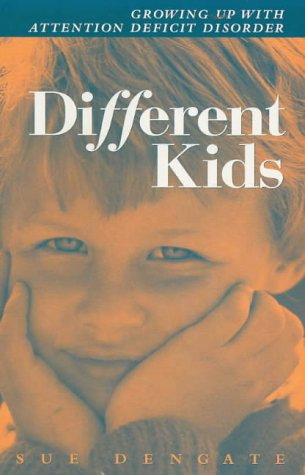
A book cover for Different Kids: Growing Up with Attention-deficit Disorder; Sue Dengate; Parenting & Relationships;